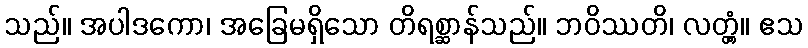
သည်။ အပါဒကော၊ အခြေမရှိသော တိရစ္ဆာန်သည်။ ဘဝိဿတိ၊ လတ္တံ့။ ဧသ